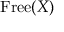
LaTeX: \mathrm { F r e e } ( X )